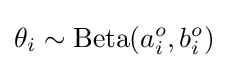
\theta _{i}\sim \mathrm {Beta} (a_{i}^{o},b_{i}^{o})